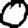
Digit: 0